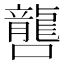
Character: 𡃡